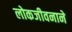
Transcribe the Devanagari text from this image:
लोकजीवनाने